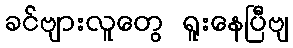
ခင်ဗျားလူတွေ ရူးနေပြီဗျ